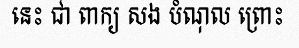
នេះ ជា ពាក្យ សង បំណុល ព្រោះ